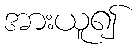
အားယူ၍